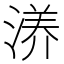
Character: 𰜝